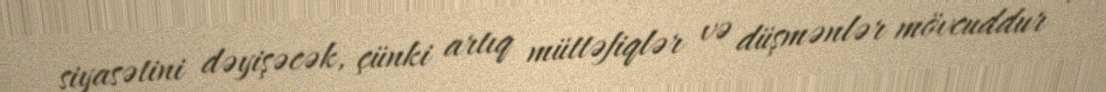
siyasətini dəyişəcək, çünki artıq müttəfiqlər və düşmənlər mövcuddur .